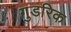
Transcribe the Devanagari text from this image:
गुडरिक